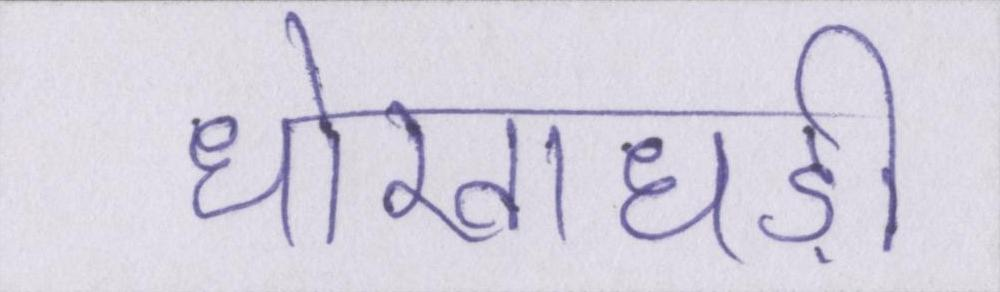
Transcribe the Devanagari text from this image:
धोखाधड़ी